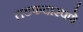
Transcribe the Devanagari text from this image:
तडफदारपणे